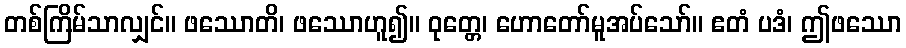
တစ်ကြိမ်သာလျှင်။ ဖဿောတိ၊ ဖဿောဟူ၍။ ဝုတ္တေ၊ ဟောတော်မူအပ်သော်။ ဧတံ ပဒံ၊ ဤဖဿော